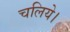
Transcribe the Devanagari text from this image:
चलिये।